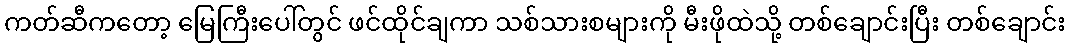
ကတ်ဆီကတော့ မြေကြီးပေါ်တွင် ဖင်ထိုင်ချကာ သစ်သားစများကို မီးဖိုထဲသို့ တစ်ချောင်းပြီး တစ်ချောင်း